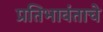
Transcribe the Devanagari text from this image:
प्रतिभावंताचे